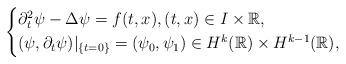
LaTeX: \begin{align*}\begin{cases*}\partial_t^2\psi - \Delta\psi= f(t,x), (t,x) \in I\times \mathbb{R},\\(\psi, \partial_t \psi)|_{\{t=0\}}=(\psi_0, \psi_1) \in H^{k}(\mathbb{R})\times H^{k-1}(\mathbb{R}),\end{cases*}\end{align*}